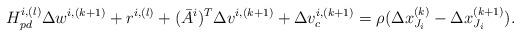
LaTeX: \begin{align*}H^{i,(l)}_{pd}\Delta w^{i,(k+1)}+r^{i,(l)}+(\bar A^i)^T \Delta v^{i,(k+1)}+\Delta v_c^{i,(k+1)} =\rho(\Delta x_{J_i}^{(k)}-\Delta x_{J_i}^{(k+1)}).\end{align*}